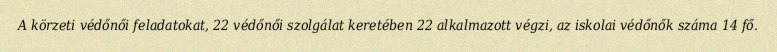
A körzeti védőnői feladatokat, 22 védőnői szolgálat keretében 22 alkalmazott végzi, az iskolai védőnők száma 14 fő.